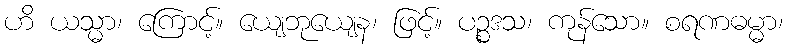
ဟိ ယသ္မာ၊ ကြောင့်။ ယျေဘုယျေန၊ ဖြင့်။ ပဉ္စဒသ၊ ကုန်သော။ စရဏဓမ္မာ၊